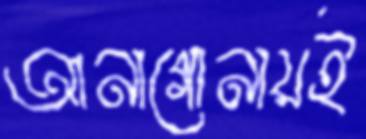
আনাগোনায়ই